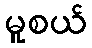
မူစယ်